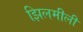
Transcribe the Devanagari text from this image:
झिलमीली